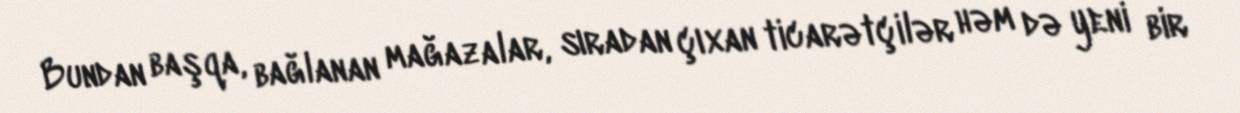
Bundan başqa, bağlanan mağazalar, sıradan çıxan ticarətçilər həm də yeni bir